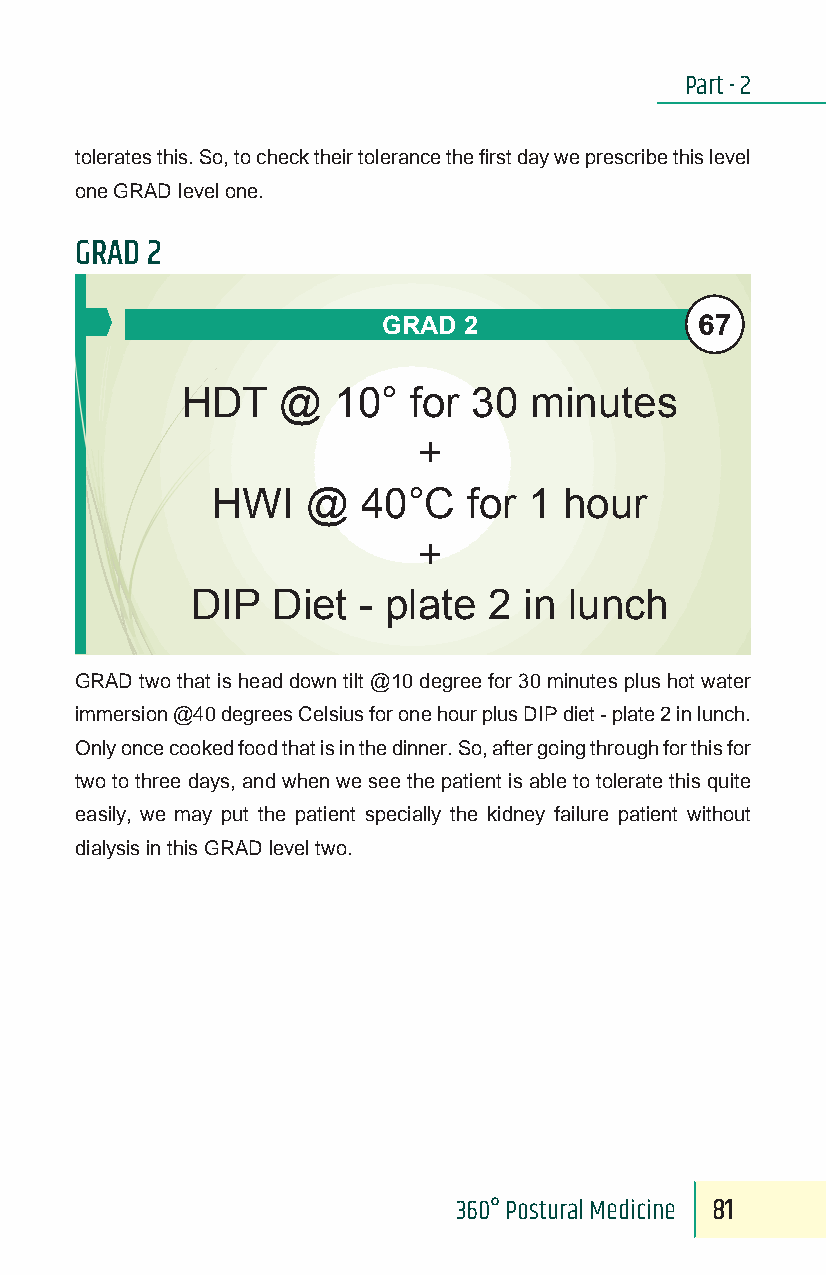
Part - 2
 tolerates this. So, to check their tolerance the first day we prescribe this level
 one GRAD level one.
 GRAD 2
 67
 GRAD  2
 HDT    @  10°  for 30  minutes
 +
 HWI   @   40°C   for 1 hour
 +
 DIP  Diet  - plate 2  in lunch
 GRAD two that is head down tilt @10 degree for 30 minutes plus hot water
 immersion @40 degrees Celsius for one hour plus DIP diet - plate 2 in lunch.
 Only once cooked food that is in the dinner. So, after going through for this for
 two to three days, and when we see the patient is able to tolerate this quite
 easily, we may put the patient specially the kidney failure patient without
 dialysis in this GRAD level two.
 360° Postural Medicine 81